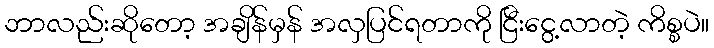
ဘာလည်းဆိုတော့ အချိန်မှန် အလှပြင်ရတာကို ငြီးငွေ့လာတဲ့ ကိစ္စပဲ။